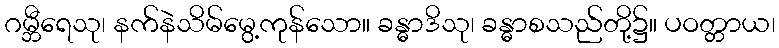
ဂမ္ဘီရေသု၊ နက်နဲသိမ်မွေ့ကုန်သော။ ခန္ဓာဒိသု၊ ခန္ဓာစသည်တို့၌။ ပဝတ္တာယ၊